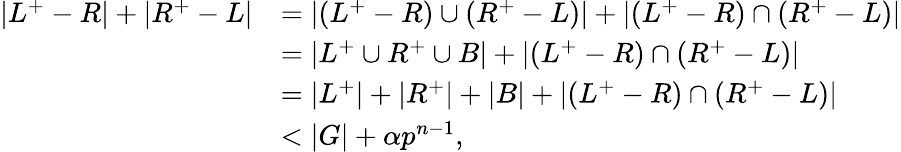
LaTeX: \begin{array}{rl}{\vert L^{+}-R\vert+\vert R^{+}-L\vert}&{=\vert(L^{+}-R)\cup(R^{+}-L)\vert+\vert(L^{+}-R)\cap(R^{+}-L)\vert}\\ &{=\vert L^{+}\cup R^{+}\cup B\vert+\vert(L^{+}-R)\cap(R^{+}-L)\vert}\\ &{=\vert L^{+}\vert+\vert R^{+}\vert+\vert B\vert+\vert(L^{+}-R)\cap(R^{+}-L)\vert}\\ &{<\vert G\vert+\alpha p^{n-1},}\end{array}